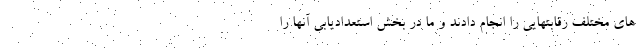
های مختلف رقابتهایی را انجام دادند و ما در بخش استعدادیابی آنها را